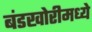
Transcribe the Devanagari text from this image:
बंडखोरीमध्ये